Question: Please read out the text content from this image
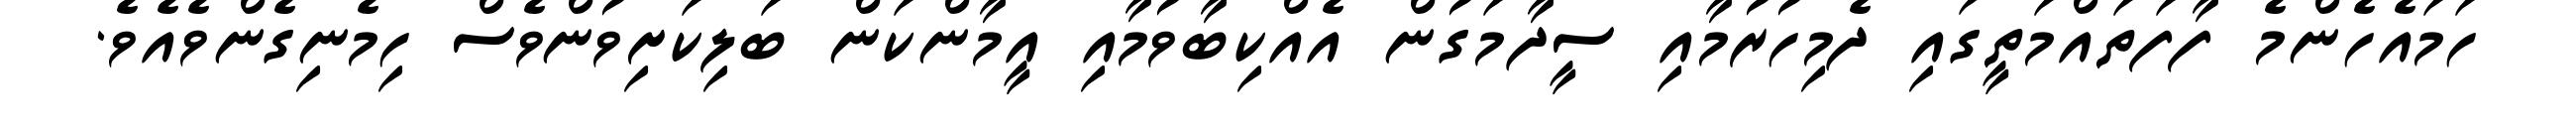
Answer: ހަމައެހެންމެ ފާފަތައްމަތީގައި ދެމިހުރުމާއި ސީދާމަގުން އެއްކިބާވުމާއި އީމާންކަން ބަލިކަށިވުންވެސް ހިމެނިގެންވެއެވެ.